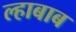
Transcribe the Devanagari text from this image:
ल्हाबाब